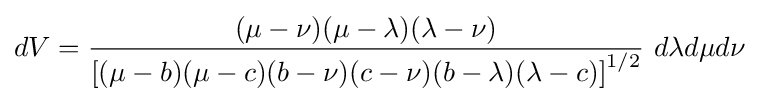
dV={\frac {(\mu -\nu )(\mu -\lambda )(\lambda -\nu )}{\left[(\mu -b)(\mu -c)(b-\nu )(c-\nu )(b-\lambda )(\lambda -c)\right]^{1/2}}}\ d\lambda d\mu d\nu